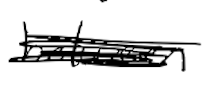
Text: between
Cross-out: scratch
Writing tool: digital_black